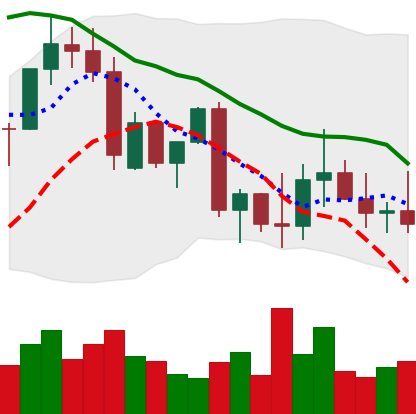
Ticker: ADA-USD
Chart end date: 2022-09-27
Forward return: -5.037%
Label: down_5_7